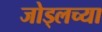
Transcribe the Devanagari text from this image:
जोड्लच्या